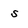
Character: s